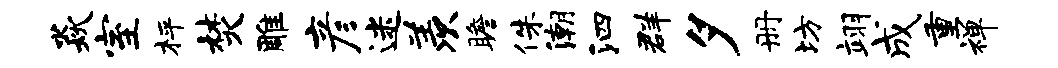
焱室枰焚雕彦迷羡瞻侏潮泗群夕册坊翊成重禅